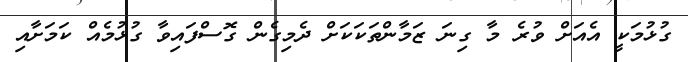
ގުޅުމަކީ އެއަށް ވުރެ މާ ގިނަ ޒަމާންތަކަކަށް ދެމިގެން ގޮސްފައިވާ ގުޅުމެއް ކަމަށާއި